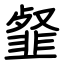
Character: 韰